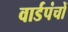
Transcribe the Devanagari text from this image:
वार्डपंचों